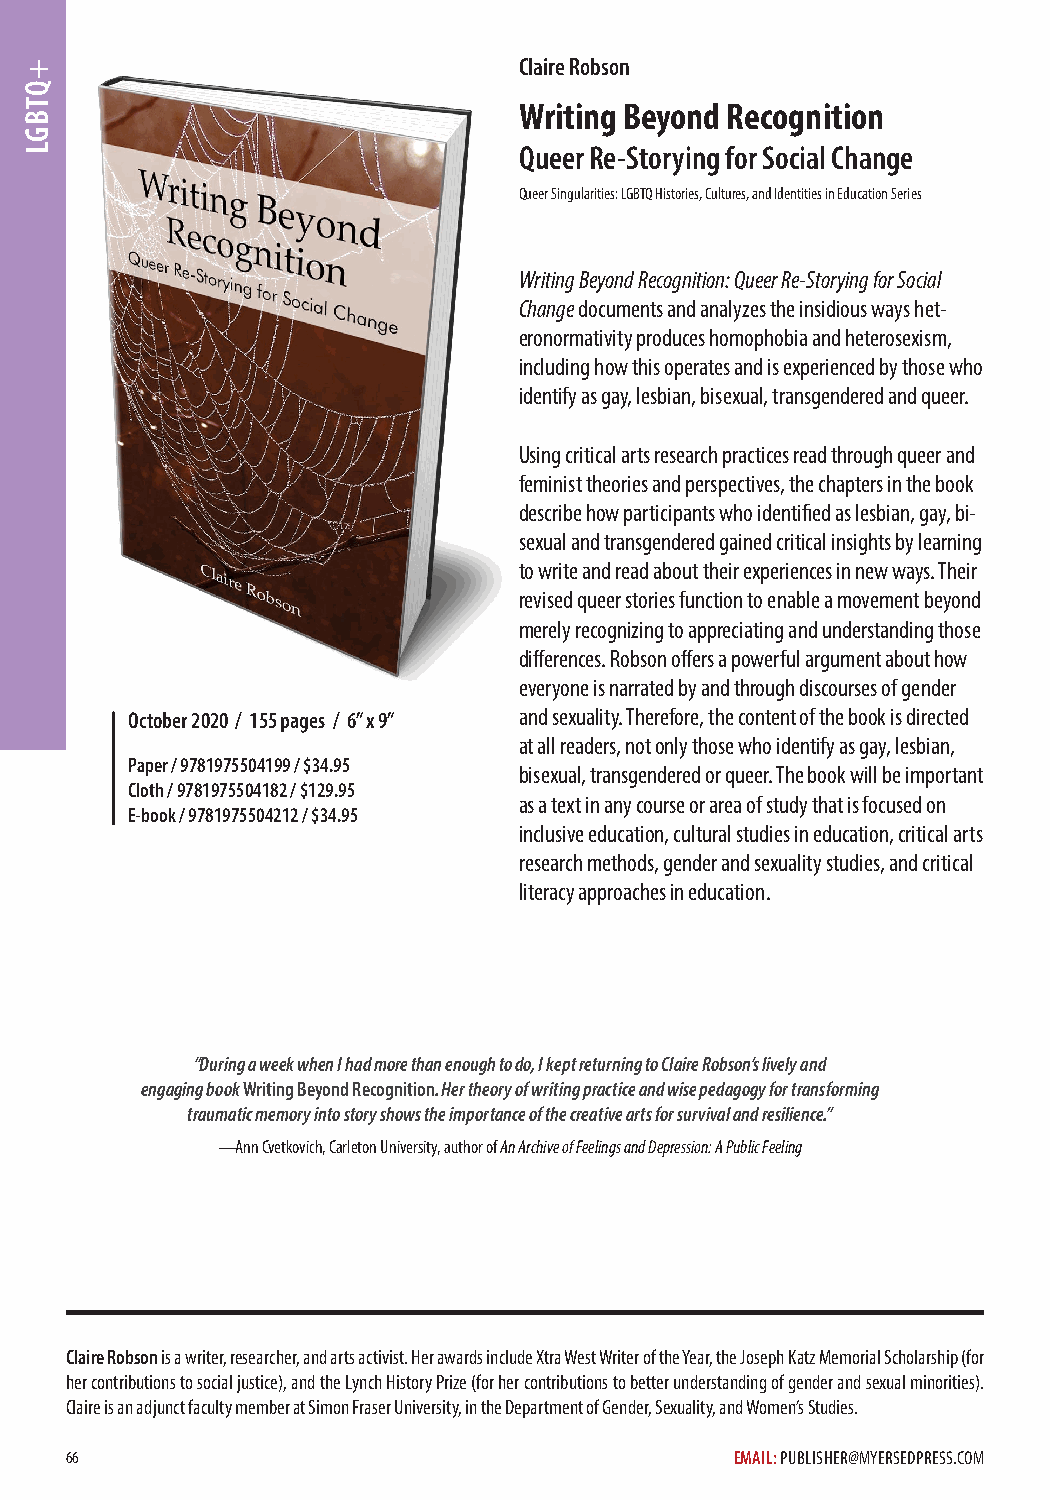
Claire Robson
 Writing Beyond Recognition
 Queer Re-Storying for Social Change
 Queer Singularities: LGBTQ Histories, Cultures, and Identities in Education Series
 Writing Beyond Recognition: Queer Re-Storying for Social
 Change documents and analyzes the insidious ways het-
 eronormativity produces homophobia and heterosexism,
 including how this operates and is experienced by those who
 identify as gay, lesbian, bisexual, transgendered and queer.
 Using critical arts research practices read through queer and
 feminist theories and perspectives, the chapters in the book
 describe how participants who identified as lesbian, gay, bi-
 sexual and transgendered gained critical insights by learning
 to write and read about their experiences in new ways. Their
 revised queer stories function to enable a movement beyond
 merely recognizing to appreciating and understanding those
 differences. Robson offers a powerful argument about how
 everyone is narrated by and through discourses of gender
 October 2020 / 155 pages / 6” x 9” and sexuality. Therefore, the content of the book is directed
 at all readers, not only those who identify as gay, lesbian,
 Paper / 9781975504199 / $34.95
 bisexual, transgendered or queer. The book will be important
 Cloth / 9781975504182 / $129.95
 as a text in any course or area of study that is focused on
 E-book / 9781975504212 / $34.95
 inclusive education, cultural studies in education, critical arts
 research methods, gender and sexuality studies, and critical
 literacy approaches in education.
 “During a week when I had more than enough to do, I kept returning to Claire Robson’s lively and
 engaging book Writing Beyond Recognition. Her theory of writing practice and wise pedagogy for transforming
 traumatic memory into story shows the importance of the creative arts for survival and resilience.”
 —Ann Cvetkovich, Carleton University, author of An Archive of Feelings and Depression: A Public Feeling
 Claire Robson is a writer, researcher, and arts activist. Her awards include Xtra West Writer of the Year, the Joseph Katz Memorial Scholarship (for
 her contributions to social justice), and the Lynch History Prize (for her contributions to better understanding of gender and sexual minorities).
 Claire is an adjunct faculty member at Simon Fraser University, in the Department of Gender, Sexuality, and Women’s Studies.
 66                                           EMAIL: PUBLISHER@MYERSEDPRESS.COM
 +QTBGL